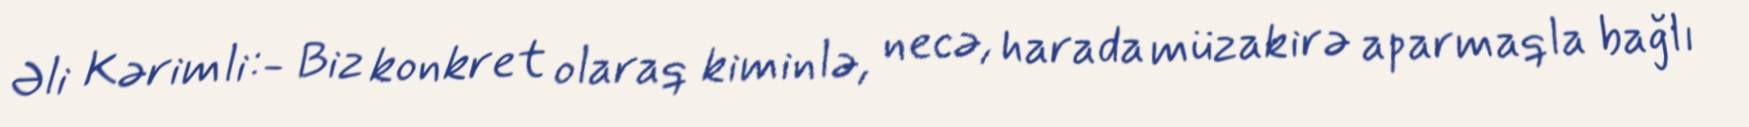
Əli Kərimli:- Biz konkret olaraq kiminlə, necə, harada müzakirə aparmaqla bağlı